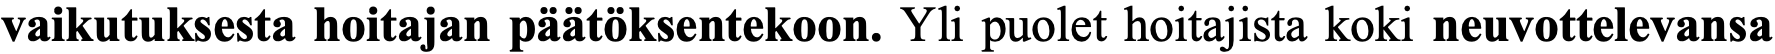
vaikutuksesta hoitajan päätöksentekoon. Yli puolet hoitajista koki neuvottelevansa